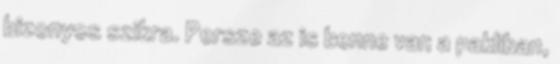
bizonyos szikra. Persze az is benne van a pakliban,